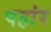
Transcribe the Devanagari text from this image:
पहांर